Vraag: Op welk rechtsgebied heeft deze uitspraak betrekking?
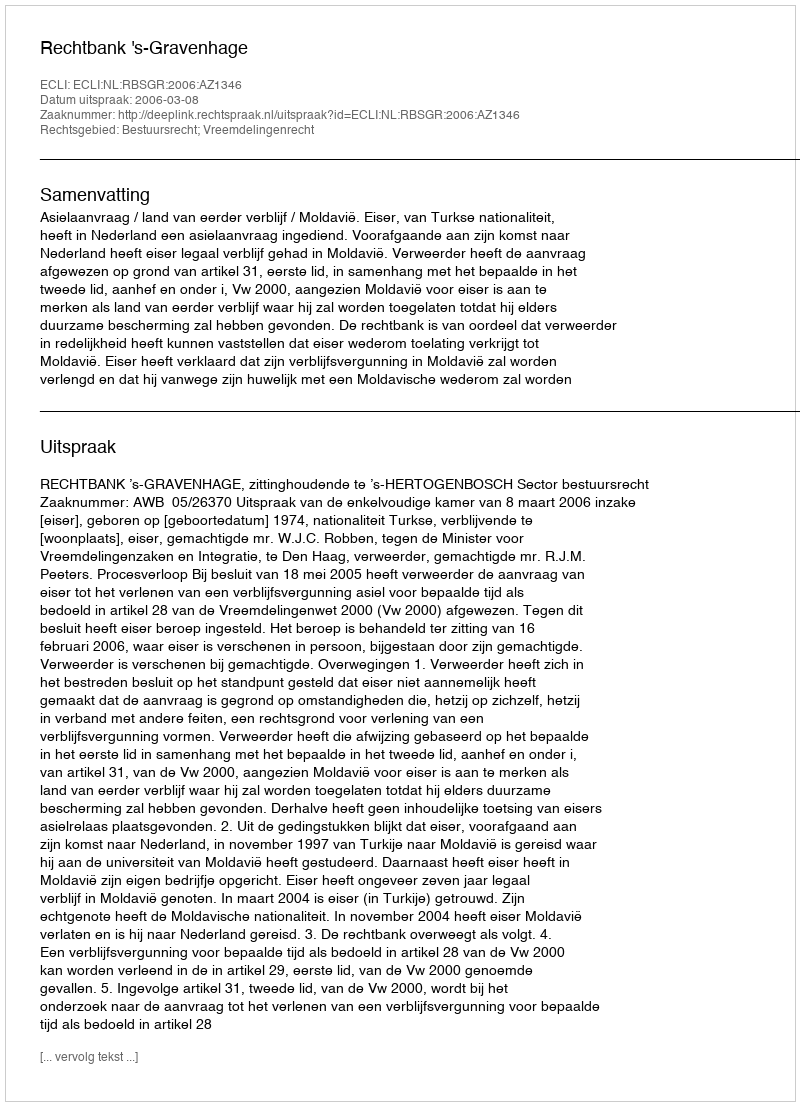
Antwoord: Bestuursrecht; Vreemdelingenrecht